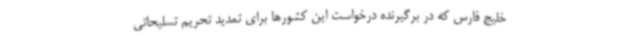
خلیج فارس که در برگیرنده درخواست این کشورها برای تمدید تحریم تسلیحاتی